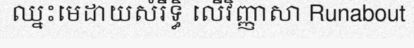
ឈ្នះមេដាយសំរឹទ្ធិ លើវិញ្ញាសា Runabout